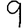
Digit: 9